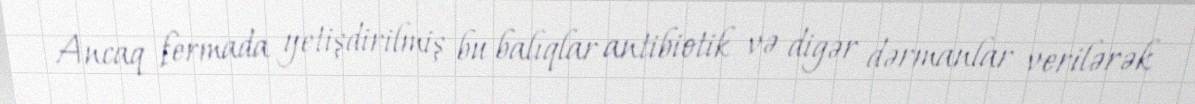
Ancaq fermada yetişdirilmiş bu balıqlar antibiotik və digər dərmanlar verilərək